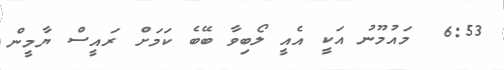
6:53  މައުމޫނު އަކީ އެއީ ލޯބިވާ ބޭބެ ކަމަށް ރައީސް ޔާމީން